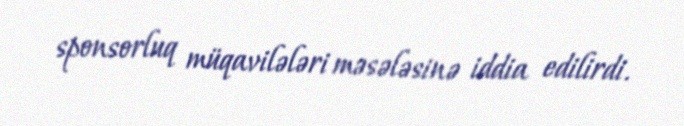
sponsorluq müqavilələri məsələsinə iddia edilirdi.